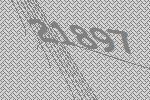
21897